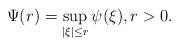
LaTeX: \begin{align*} \Psi(r) = \sup_{|\xi| \leq r} \psi(\xi), r>0.\end{align*}